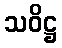
သဝိဋ္ဌ